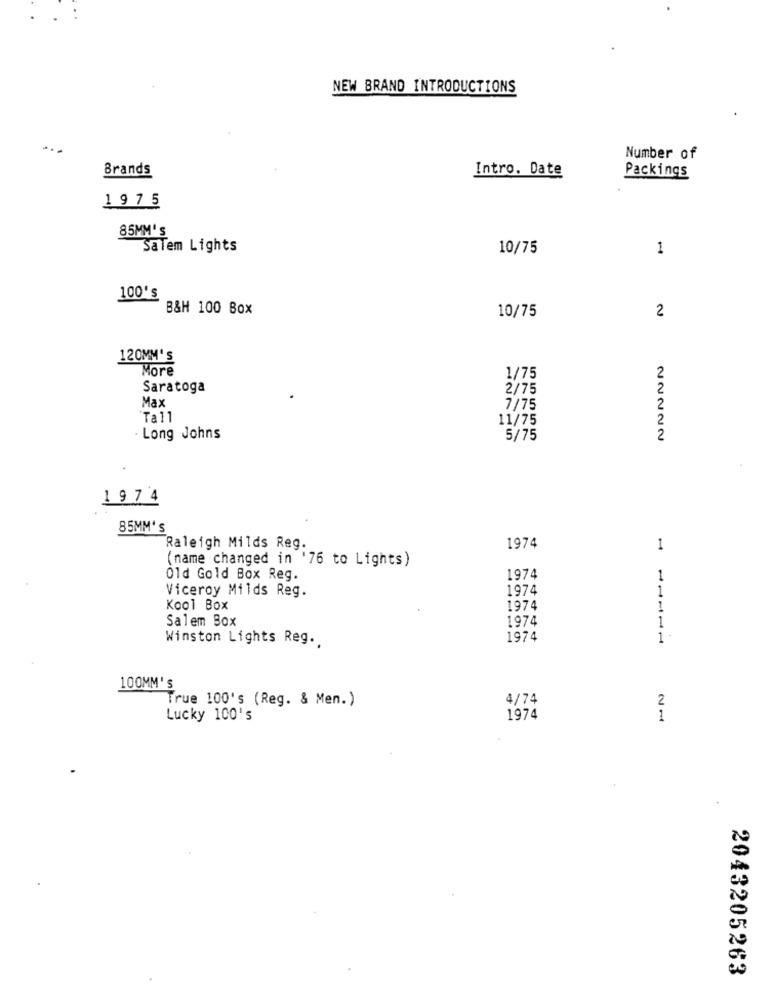
NEW BRAND INTRODUCTIONS
...
Number of
Brands
Intro. Date
Packings
1975
85MM'S
Salem Lights
10/75
1
100's
B&H 100 Box
2
10/75
120MM's
More
1/75
Saratoga
2/75
Max
7/75
Tall
11/75
. Long Johns
5/75
22222
197 4
85MM's
Raleigh Milds Reg.
1974
1
(name changed in '76 to Lights)
Old Gold Box Reg.
1974
1
Viceroy Milds Reg.
1974
1
Kool Box
1974
1
Salem Box
1974
1
Winston Lights Reg ..
1974
1
100MM'S
True 100's (Reg. & Men.)
4/74
2
Lucky 100's
1974
1
2043205263